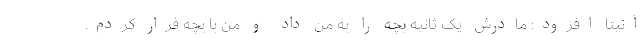
آنیتا افزود: مادرش یک ثانیه بچه را به من داد و من با بچه فرار کردم.